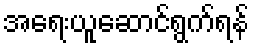
အရေးယူဆောင်ရွက်ရန်